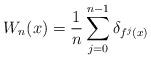
LaTeX: \begin{align*} W_n(x) = \frac{1}{n} \sum\limits_{j=0}^{n-1} \delta_{f^j(x)}\end{align*}